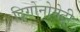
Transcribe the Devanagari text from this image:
ट्रिगोनोमेट्री